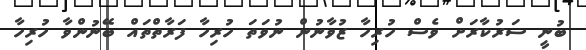
ބުނީ ސަރުކާރަށް ވެސް ހުރިހާ ޒުވާނުން ނުވަތަ ހުރިހާ ފަރާތްތައް ބޭނުންވާ ހުރިހާ